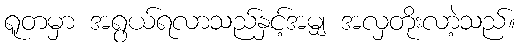
ရူတမှာ အရွယ်ရလာသည်နှင့်အမျှ အလှတိုးလာဲ့သည်။